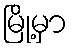
မြို့မှာ